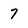
Character: 7